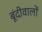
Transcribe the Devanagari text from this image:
बूंदीवालों